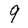
Character: 9